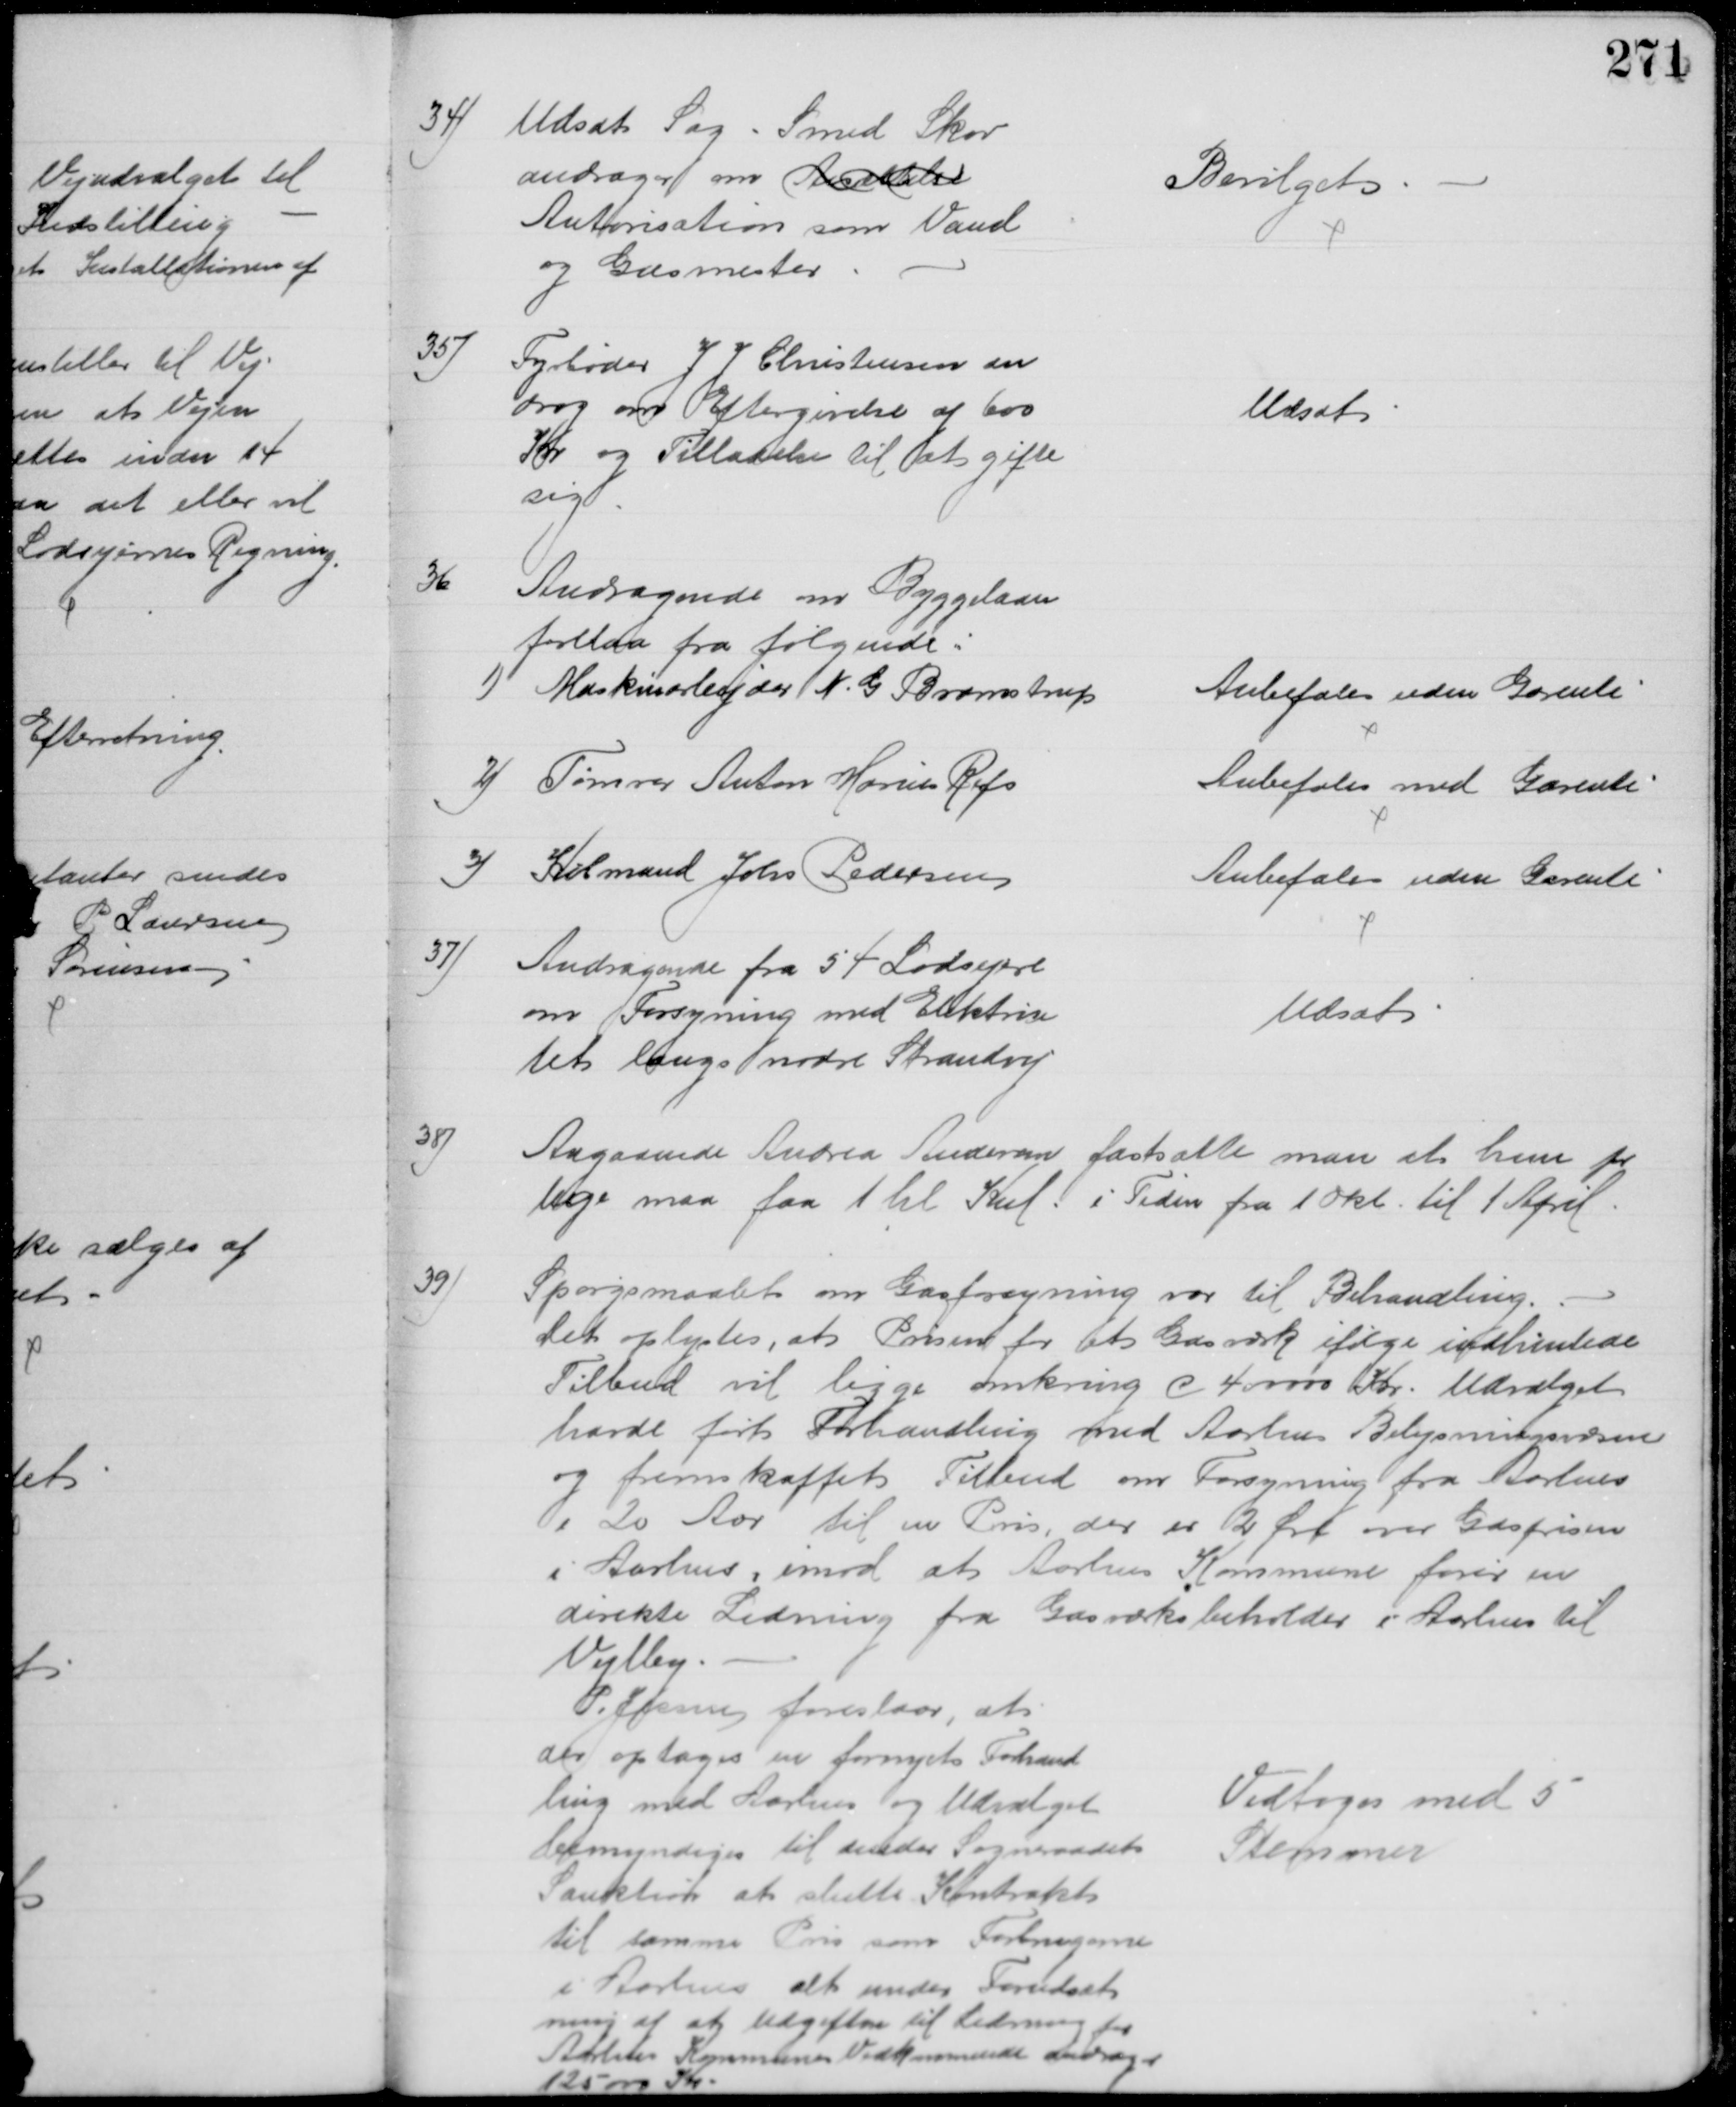
Transskription:
34)
Udsat Sag - Smed Skov
andrager om Ansættelse
Autorisation som Vand
og Gasmester
Bevilget
35)
Fyrbøder J J Christensen an
drog om Eftergivelse af 600
Kr og Tilladelse til at gifte
sig
Udsat
36
Andragende om Byggelaan
forelaa fra følgende:
1)
Maskinarbejder N. G Bramstrup
Anbefales uden Garenti
2) Tømrer Anton Marius Refs
Anbefales med Garenti
3) 
Købmand Johs Pedersen
Anbefale uden Garenti
37)
Andragende fra 54 Lodsejere
om Forsyning med Elektrici
tet langs nordre Strandvej
Udsat
38)
Angaaende Andrea Andersen fastsatte man at hun pr
Uge maa faa 1 hl Kul i Tiden fra 1 Okt. til 1 April.
39)
Spørgsmaalet om Gasforsyning var til Behandling.
Det oplystes, at Prisen for et Gasværk ifølge indhentede
Tilbud vil ligge omkring c 400000 Kr. Udvalget 
havde ført Forhandling med Aarhus Belysningsvæsen 
og fremskaffet Tilbud om Forsyning fra Aarhus
i 20 Aar til en Pris, der er 2 Øre over Gasprisen
i Aarhus, imod at Aarhus Kommune fører en
direkte Ledning fra Gasværksbeholder i Aarhus til 
Vejlby.
P. Jessen foreslaar, at 
der optages en fornyet Forhand
ling med Aarhus og Udvalget
bemyndiges til under Sogneraadets
Sanktion at slutte Kontrakt
til samme Pris som Forbrugerne
i Aarhus alt under Forudsæt
ning af at Udgiften til Ledning for
Aarhus Kommunes Vedkommende andrager
125000 Kr
Vedtoges med 5
Stemmer